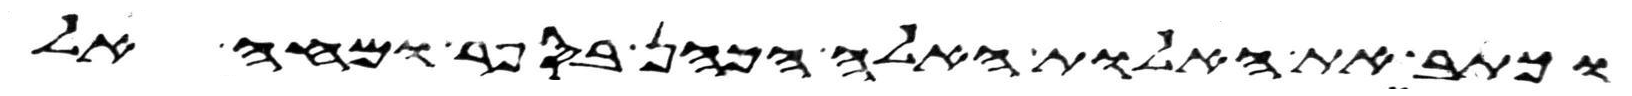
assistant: וכתב את האלות האלה הכהן בספר ומחה אל